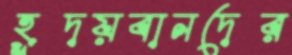
হূদয়বানদের